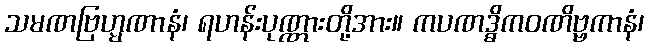
သမဏဗြဟ္မဏာနံ၊ ရဟန်းပုဏ္ဏားတို့အား။ ကပဏဒ္ဓိကဝဏိဗ္ဗကာနံ၊